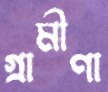
গ্রামীণা